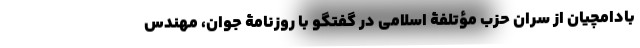
بادامچیان از سران حزب مؤتلفۀ اسلامی در گفتگو با روزنامۀ جوان، مهندس